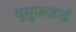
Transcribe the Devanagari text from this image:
यूसुफ़ज़ाई